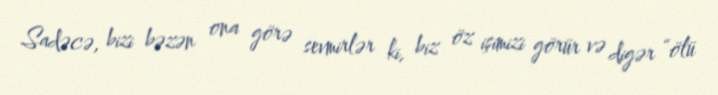
Sadəcə, bizi bəzən ona görə sevmirlər ki, biz öz işimizi görür və digər “ölü